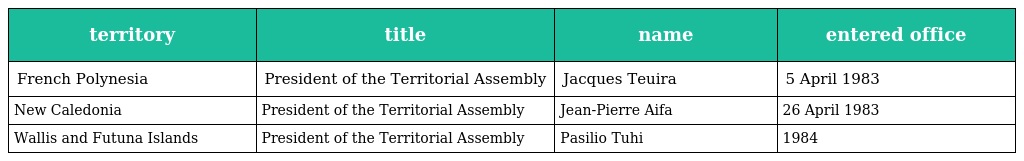
| territory | title | name | entered office |
 | --- | --- | --- | --- |
 | French Polynesia | President of the Territorial Assembly | Jacques Teuira | 5 April 1983 |
 | New Caledonia | President of the Territorial Assembly | Jean-Pierre Aifa | 26 April 1983 |
 | Wallis and Futuna Islands | President of the Territorial Assembly | Pasilio Tuhi | 1984 |